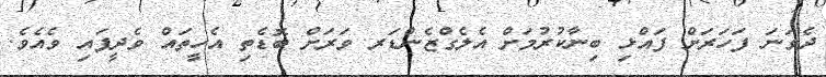
ދެވަނަ ފަހަރަށް ފައްޅި ބިނާކުރުމަށް އެލެގްޒެންޑަރ ވަރަށް ބޮޑެތި އެހީތައް ވެދީފައި ވެއެވެ.